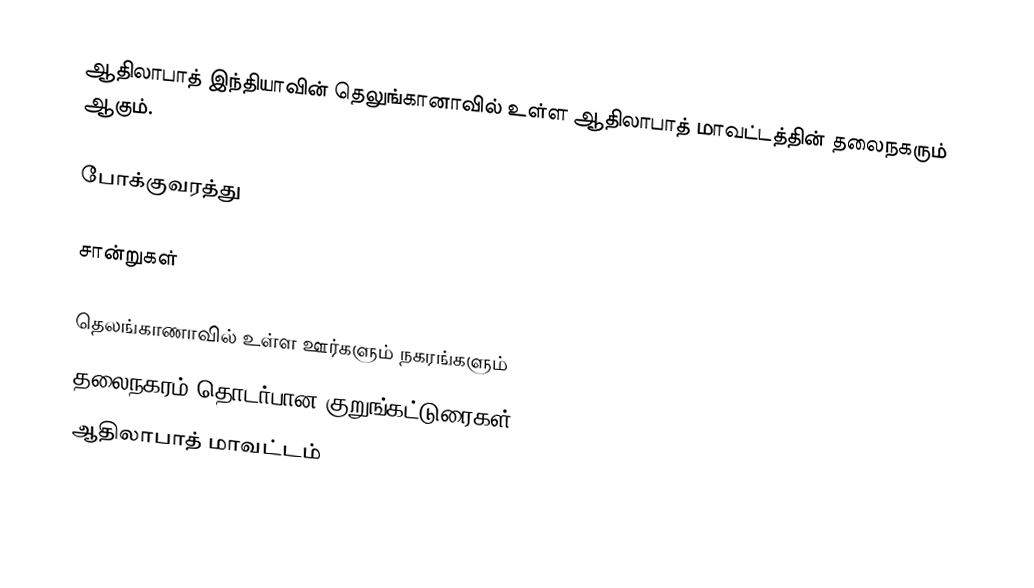
ஆதிலாபாத் இந்தியாவின் தெலுங்கானாவில் உள்ள ஆதிலாபாத் மாவட்டத்தின் தலைநகரும் ஆகும்.

போக்குவரத்து

சான்றுகள்

தெலங்காணாவில் உள்ள ஊர்களும் நகரங்களும்
தலைநகரம் தொடர்பான குறுங்கட்டுரைகள்
ஆதிலாபாத் மாவட்டம்